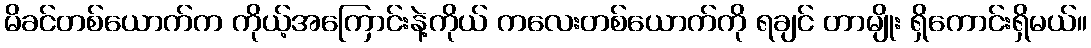
မိခင်တစ်ယောက်က ကိုယ့်အကြောင်းနဲ့ကိုယ် ကလေးတစ်ယောက်ကို ရချင် တာမျိုး ရှိကောင်းရှိမယ်။